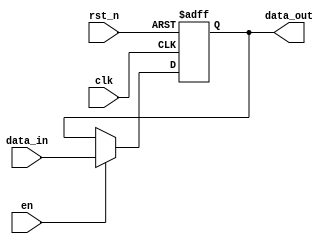
module PipelineBuffer #(parameter DATA_WIDTH = 8) (
    input wire         clk,        // Clock signal
    input wire         rst_n,      // Active low reset signal
    input wire         en,         // Enable signal for loading data
    input wire [DATA_WIDTH-1:0] data_in, // Input data
    output reg [DATA_WIDTH-1:0] data_out // Output data
);

// Sequential logic for the pipeline buffer
always @(posedge clk or negedge rst_n) begin
    if (!rst_n) begin
        // Reset logic: Initialize output to zero when reset is active
        data_out <= {DATA_WIDTH{1'b0}};
    end else if (en) begin
        // Load data into the buffer if enable is active
        data_out <= data_in;
    end
    // If not reset and not enabled, retain the current data_out value
end

endmodule